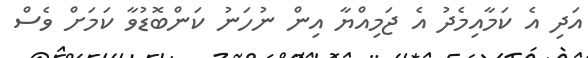
އަދި އެ ކަމާއިމެދު އެ ޖަމިއްޔާ އިން ނުހަނު ކަންބޮޑުވާ ކަމަށް ވެސް